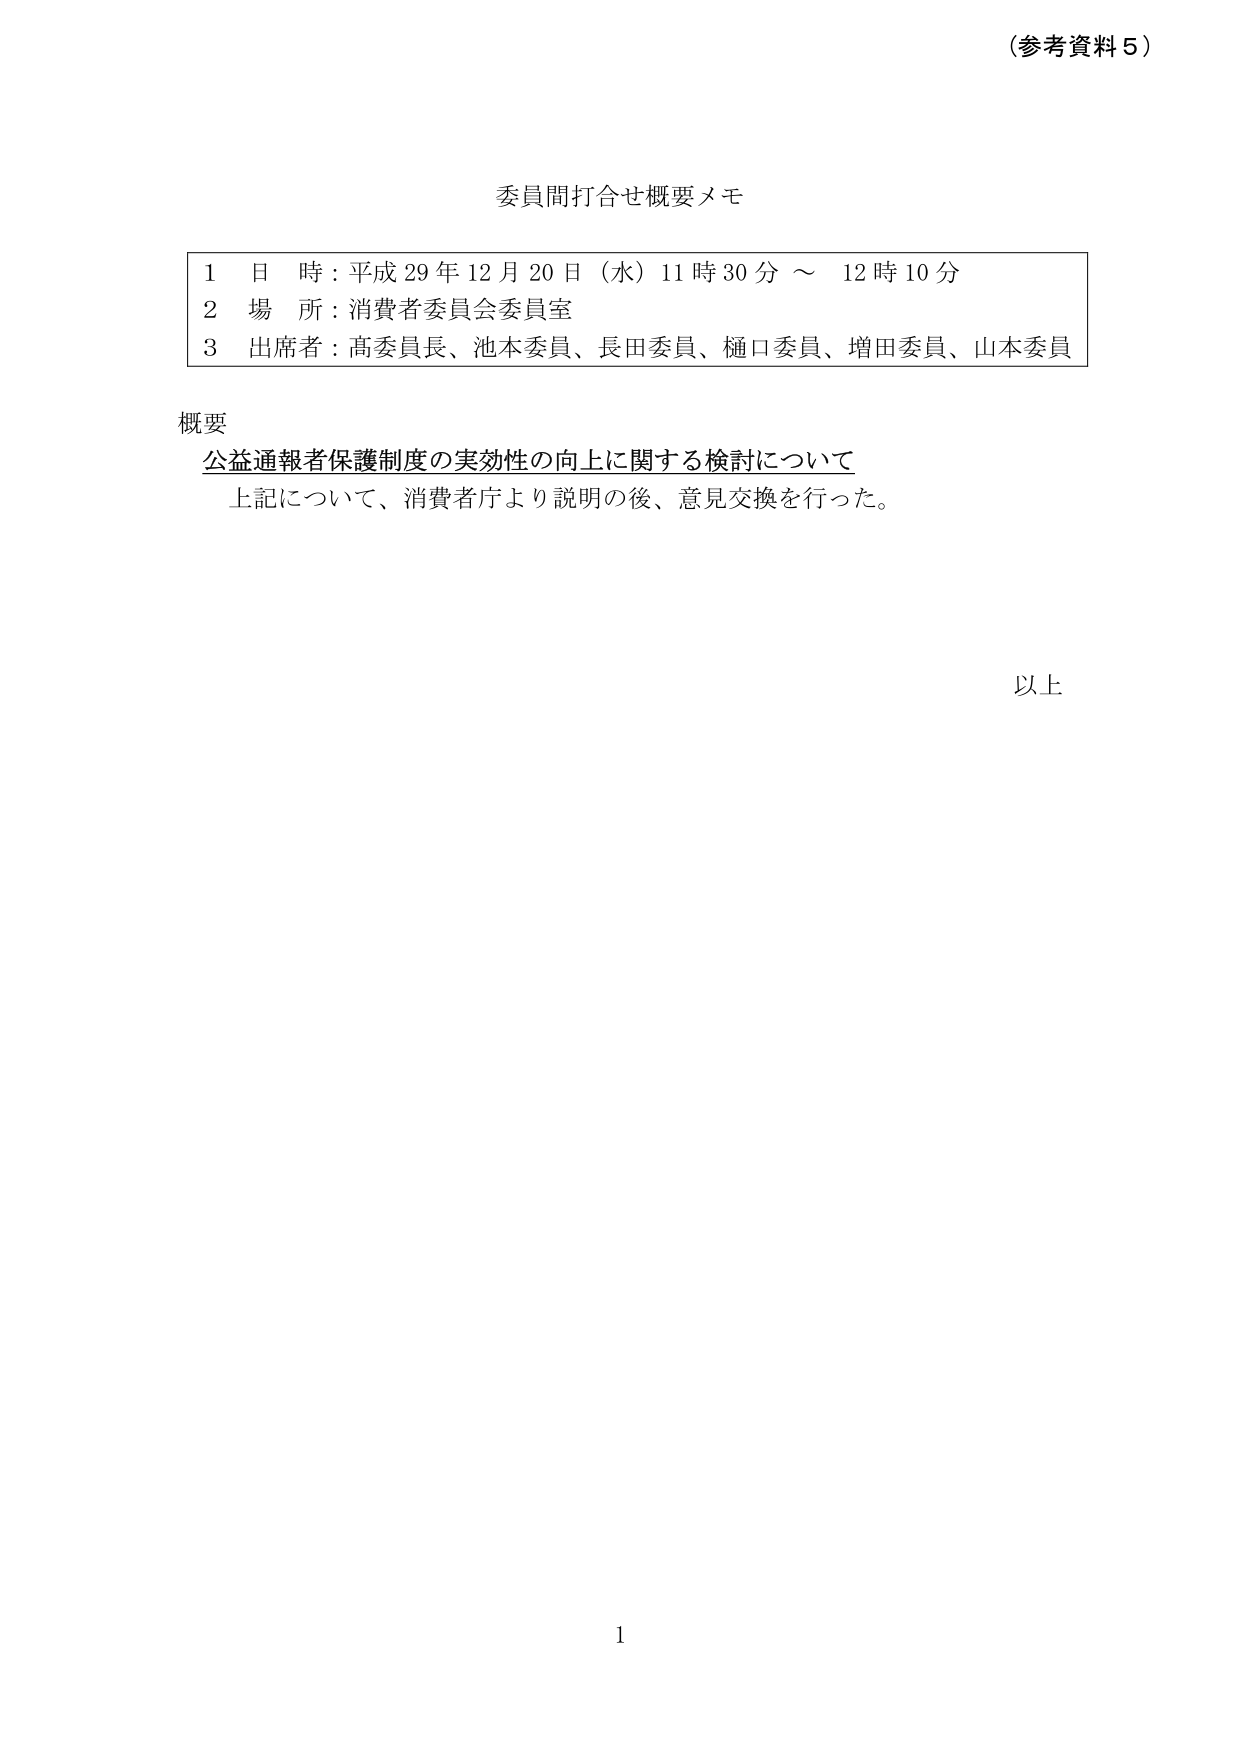
（参考資料５）

委員間打合せ概要メモ

1 日 時：平成29年12月20日（水）11時30分～12時10分
2 場 所：消費者委員会委員室
3 出席者：髙委員長、池本委員、長田委員、樋口委員、増田委員、山本委員

概要
公益通報者保護制度の実効性の向上に関する検討について
上記について、消費者庁より説明の後、意見交換を行った。

以上

1